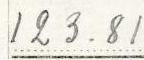
123.81